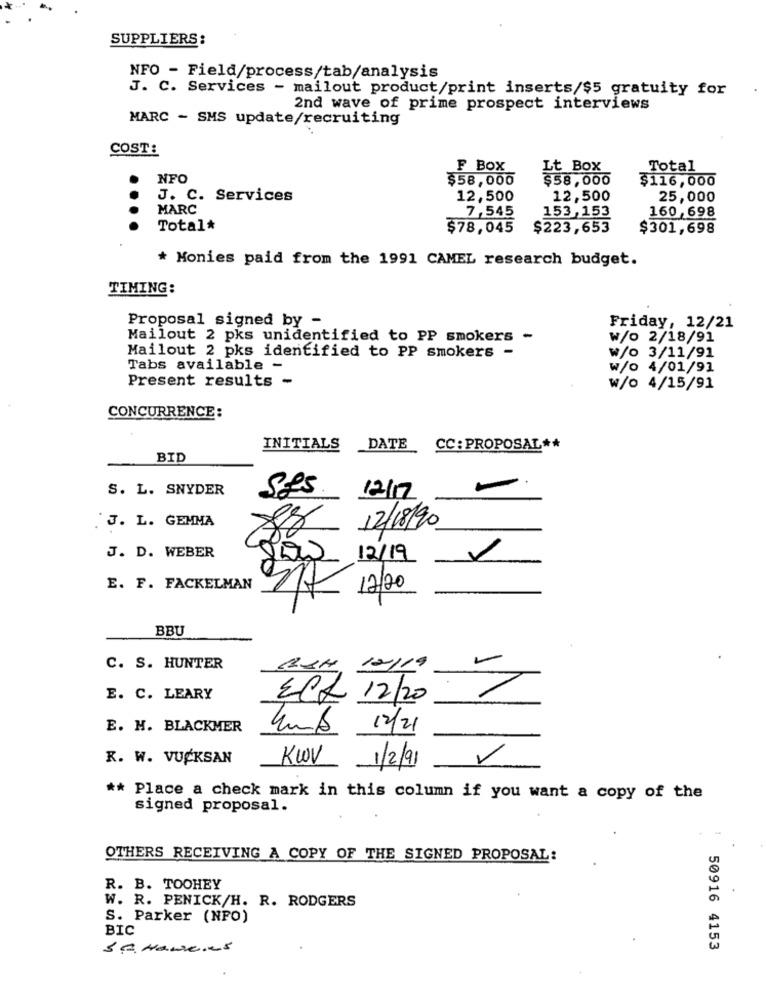
SUPPLIERS:
NFO - Field/process/tab/analysis
J. C. Services - mailout product/print inserts/$5 gratuity for
2nd wave of prime prospect interviews
MARC - SMS update/recruiting
COST:
F Box
Lt Box
Total
NFO
$58,000
$58,000
$116,000
J. C. Services
12,500
12,500
25,000
...
MARC
7,545
153,153
160,698
Total*
$78,045
$223,653
$301,698
* Monies paid from the 1991 CAMEL research budget.
TIMING:
Proposal signed by -
Friday, 12/21
Mailout 2 pks unidentified to PP smokers -
w/o 2/18/91
Mailout 2 pks identified to PP smokers -
w/o 3/11/91
Tabs available -
w/o 4/01/91
Present results -
w/o 4/15/91
CONCURRENCE:
INITIALS
DATE CC: PROPOSAL **
BID
S. L. SNYDER
ses
-
12/17
.J. L. GEMMA
12/18/20
88
J. D. WEBER
12/19
E. F. FACKELMAN
17/20
BBU
C. S. HUNTER
BSH 12/19
E. C. LEARY
ECf 12/20
E. M. BLACKMER
Lub 12/21
K. W. VUCKSAN
KWV 1/2/91
** Place a check mark in this column if you want a copy of the
signed proposal.
1
OTHERS RECEIVING A COPY OF THE SIGNED PROPOSAL:
R. B. TOOHEY
W. R. PENICK/H. R. RODGERS
S. Parker (NPO)
BIC
3 A. Hanveres
50916 4153